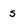
Character: s